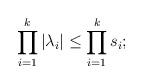
LaTeX: \begin{align*} \prod_{i=1}^k |\lambda_i| \leq \prod_{i=1}^k s_i;\end{align*}